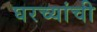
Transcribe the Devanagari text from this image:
घरच्‍यांची